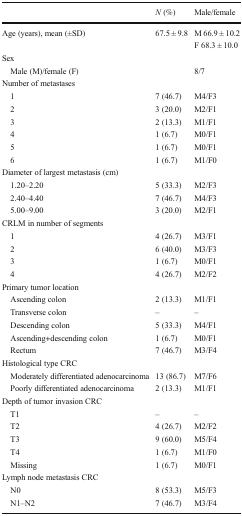
<table><thead><tr><td></td><td><b><i>N</i> (%)</b></td><td><b>Male/female</b></td></tr></thead><tbody><tr><td rowspan="2">Age (years), mean (±SD)</td><td>67.5 ± 9.8</td><td>M 66.9 ± 10.2</td></tr><tr><td></td><td>F 68.3 ± 10.0</td></tr><tr><td colspan="3">Sex</td></tr><tr><td> Male (M)/female (F)</td><td></td><td>8/7</td></tr><tr><td colspan="3">Number of metastases</td></tr><tr><td> 1</td><td>7 (46.7)</td><td>M4/F3</td></tr><tr><td> 2</td><td>3 (20.0)</td><td>M2/F1</td></tr><tr><td> 3</td><td>2 (13.3)</td><td>M1/F1</td></tr><tr><td> 4</td><td>1 (6.7)</td><td>M0/F1</td></tr><tr><td> 5</td><td>1 (6.7)</td><td>M0/F1</td></tr><tr><td> 6</td><td>1 (6.7)</td><td>M1/F0</td></tr><tr><td colspan="3">Diameter of largest metastasis (cm)</td></tr><tr><td> 1.20–2.20</td><td>5 (33.3)</td><td>M2/F3</td></tr><tr><td> 2.40–4.40</td><td>7 (46.7)</td><td>M4/F3</td></tr><tr><td> 5.00–9.00</td><td>3 (20.0)</td><td>M2/F1</td></tr><tr><td colspan="3">CRLM in number of segments</td></tr><tr><td> 1</td><td>4 (26.7)</td><td>M3/F1</td></tr><tr><td> 2</td><td>6 (40.0)</td><td>M3/F3</td></tr><tr><td> 3</td><td>1 (6.7)</td><td>M0/F1</td></tr><tr><td> 4</td><td>4 (26.7)</td><td>M2/F2</td></tr><tr><td colspan="3">Primary tumor location</td></tr><tr><td> Ascending colon</td><td>2 (13.3)</td><td>M1/F1</td></tr><tr><td> Transverse colon</td><td>–</td><td>–</td></tr><tr><td> Descending colon</td><td>5 (33.3)</td><td>M4/F1</td></tr><tr><td> Ascending+descending colon</td><td>1 (6.7)</td><td>M0/F1</td></tr><tr><td> Rectum</td><td>7 (46.7)</td><td>M3/F4</td></tr><tr><td colspan="3">Histological type CRC</td></tr><tr><td> Moderately differentiated adenocarcinoma</td><td>13 (86.7)</td><td>M7/F6</td></tr><tr><td> Poorly differentiated adenocarcinoma</td><td>2 (13.3)</td><td>M1/F1</td></tr><tr><td colspan="3">Depth of tumor invasion CRC</td></tr><tr><td> T1</td><td>–</td><td>–</td></tr><tr><td> T2</td><td>4 (26.7)</td><td>M2/F2</td></tr><tr><td> T3</td><td>9 (60.0)</td><td>M5/F4</td></tr><tr><td> T4</td><td>1 (6.7)</td><td>M1/F0</td></tr><tr><td> Missing</td><td>1 (6.7)</td><td>M0/F1</td></tr><tr><td colspan="3">Lymph node metastasis CRC</td></tr><tr><td> N0</td><td>8 (53.3)</td><td>M5/F3</td></tr><tr><td> N1–N2</td><td>7 (46.7)</td><td>M3/F4</td></tr></tbody></table>